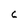
Character: C